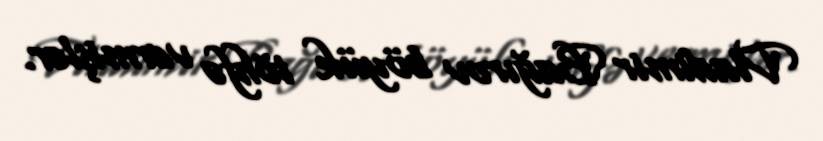
Vladimir Bağırov böyük töhfə vermişlər.